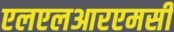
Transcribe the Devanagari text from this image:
एलएलआरएमसी